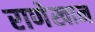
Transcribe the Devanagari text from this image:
राणेखान